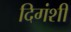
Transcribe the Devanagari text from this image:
दिगंशी